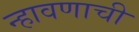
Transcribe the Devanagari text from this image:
न्हावणाची